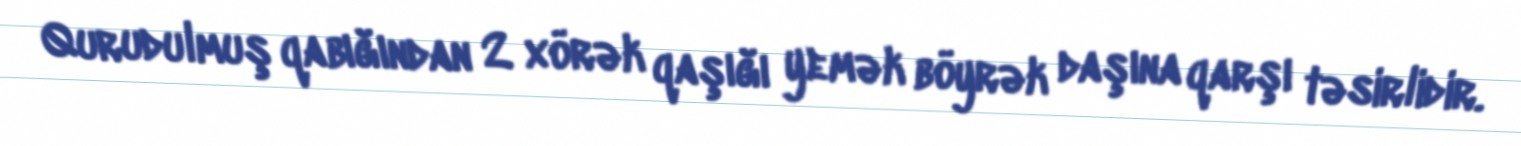
Qurudulmuş qabığından 2 xörək qaşığı yemək böyrək daşına qarşı təsirlidir.